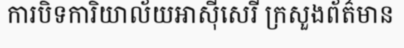
ការបិទការិយាល័យអាស៊ីសេរី ក្រសួងព័ត៌មាន